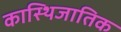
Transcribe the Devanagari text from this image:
कास्थिजातिक